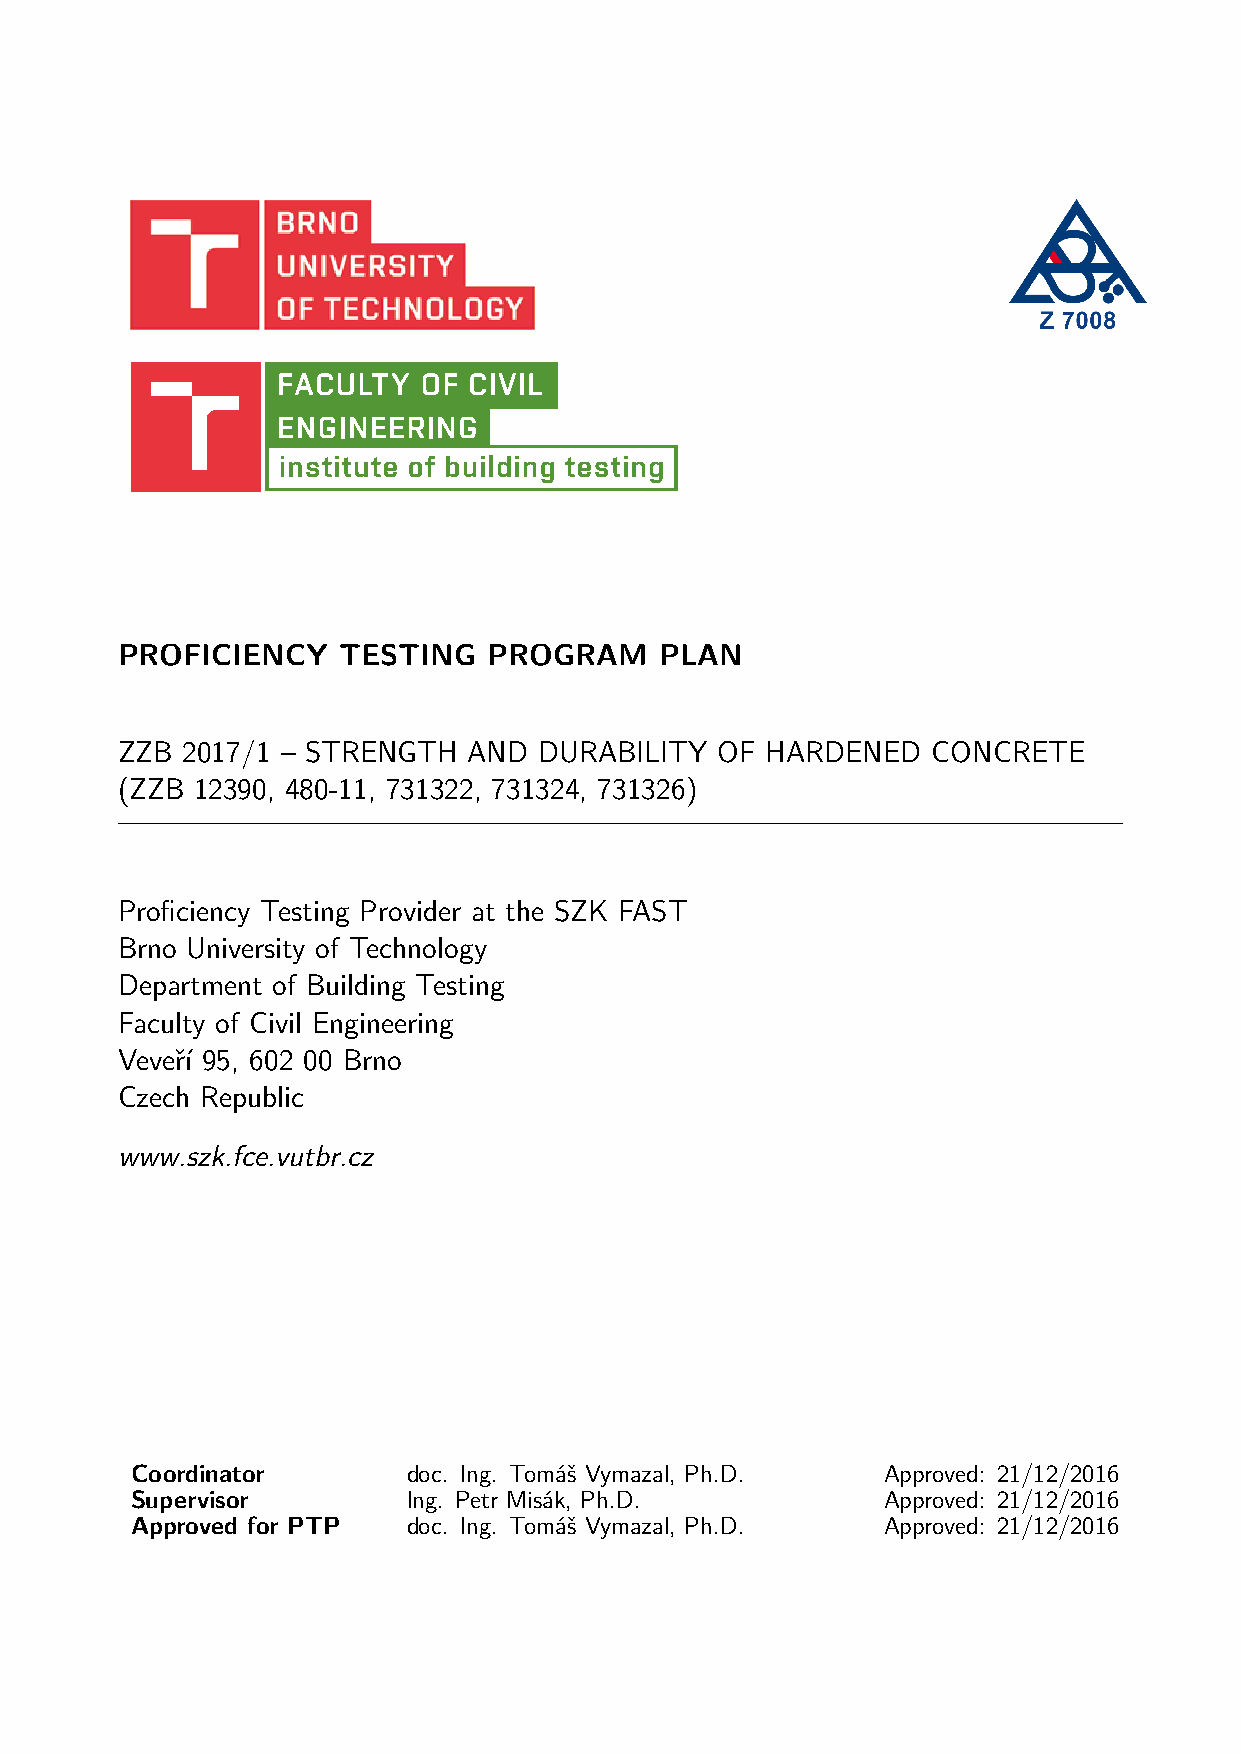
PROFICIENCY   TESTING   PROGRAM     PLAN
 ZZB 2017/1 – STRENGTH  AND  DURABILITY  OF HARDENED   CONCRETE
 (ZZB 12390, 480-11, 731322, 731324, 731326)
 Proficiency Testing Provider at the SZK FAST
 Brno University of Technology
 Department of Building Testing
 Faculty of Civil Engineering
 Veveří 95, 602 00 Brno
 Czech Republic
 www.szk.fce.vutbr.cz
 Coordinator       doc. Ing. Tomáš Vymazal, Ph.D. Approved: 21/12/2016
 Supervisor        Ing. Petr Misák, Ph.D.         Approved: 21/12/2016
 Approved for PTP  doc. Ing. Tomáš Vymazal, Ph.D. Approved: 21/12/2016